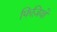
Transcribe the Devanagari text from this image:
फिज़ियो